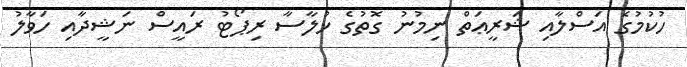
ހުކުމުގެ އަސްލާއި ޝަރީޢަތް ނިމުނު ގޮތުގެ ޚުލާސާ ރިޕޯޓު ރައީސް ނަޝީދާއި ހަވާލު